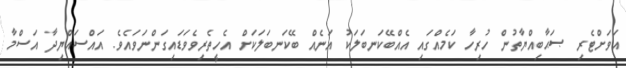
އަވަށްޓެރި ޞަޙާބިއްޔާތުން ހުރިހާ ކަމެއްގައި އެއްބޭކަނބަލަކު އަނެއް ބޭކަނބަލަކަށް އެހީތެރިވެވަޑައިގަންނަވައެވެ. އައްސައްޔިދާ އަސްމާ